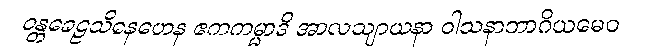
ဝန္တခေဠသိနေဟေန ဧကကမ္မာဒိ အာလသျာယနာ ဝါသနာဘာဂိယမေဝ